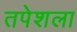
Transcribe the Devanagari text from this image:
तपेशला